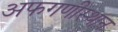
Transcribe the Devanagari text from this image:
अफगणीस्थान